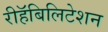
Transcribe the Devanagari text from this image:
रीहॅबिलिटेशन